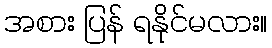
အစား ပြန် ရနိုင်မလား။